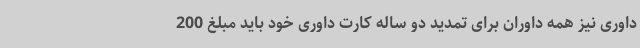
داوری نیز همه داوران برای تمدید دو ساله کارت داوری خود باید مبلغ 200